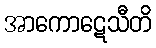
အာကောဋေသီတိ